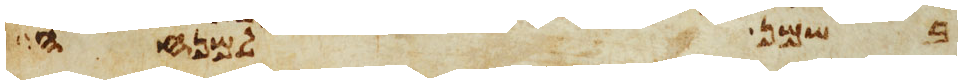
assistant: בשמן למנחה